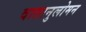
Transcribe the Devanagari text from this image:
वातानुलोमन